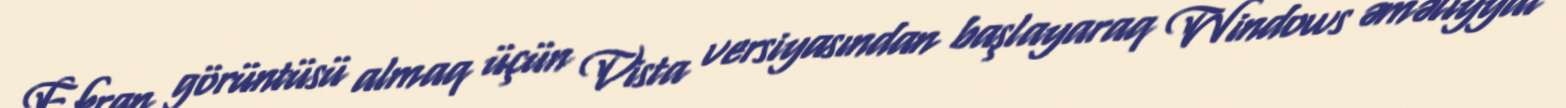
Ekran görüntüsü almaq üçün Vista versiyasından başlayaraq Windows əməliyyat